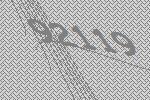
92119